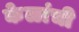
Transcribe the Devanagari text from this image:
केळांची